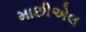
માછીએલ